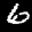
Label: 6